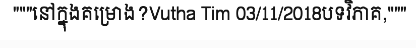
"""នៅក្នុងគម្រោង?Vutha Tim 03/11/2018បទវិភាគ,"""